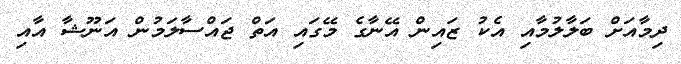
ދިމާއަށް ބަލާލުމާއި އެކު ޒައިން އޭނާގެ މޭގައި އަތް ޖައްސާލަމުން އަނޫޝާ އާއި